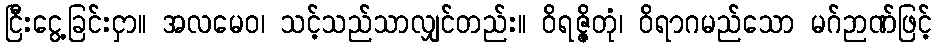
ငြီးငွေ့ခြင်းငှာ။ အလမေဝ၊ သင့်သည်သာလျှင်တည်း။ ဝိရဇ္ဇိတုံ၊ ဝိရာဂမည်သော မဂ်ဉာဏ်ဖြင့်